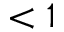
< 1